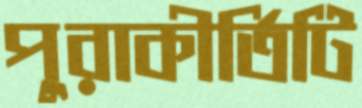
পুরাকীর্তিটি